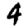
Digit: 4